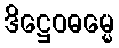
ဒိဋ္ဌေဝဓမ္မေ